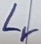
Text: Lr